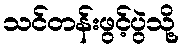
သင်တန်းဖွင့်ပွဲသို့